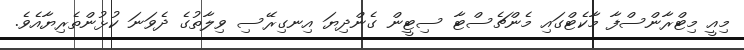
މިއީ މިޓްރާންސްފާ މާކެޓްގައި މެންޗެސްޓާ ސިޓީން ގެންދިޔަ އިނގިރޭސި ވިލާތުގެ ދެވަނަ ކުޅުންތެރިޔާއެވެ.